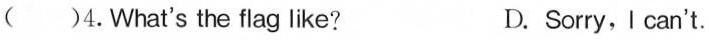
( )4.What's the flag like? D. Sorry,I can't.